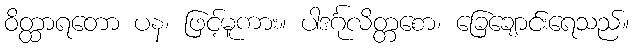
ဝိတ္ထာရတော ပန၊ ဖြင့်မူကား။ ပါဒင်္ဂုလိတ္တစော၊ ခြေချောင်းရေသည်။